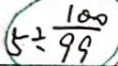
5 \div \frac { 1 0 0 } { 9 9 }